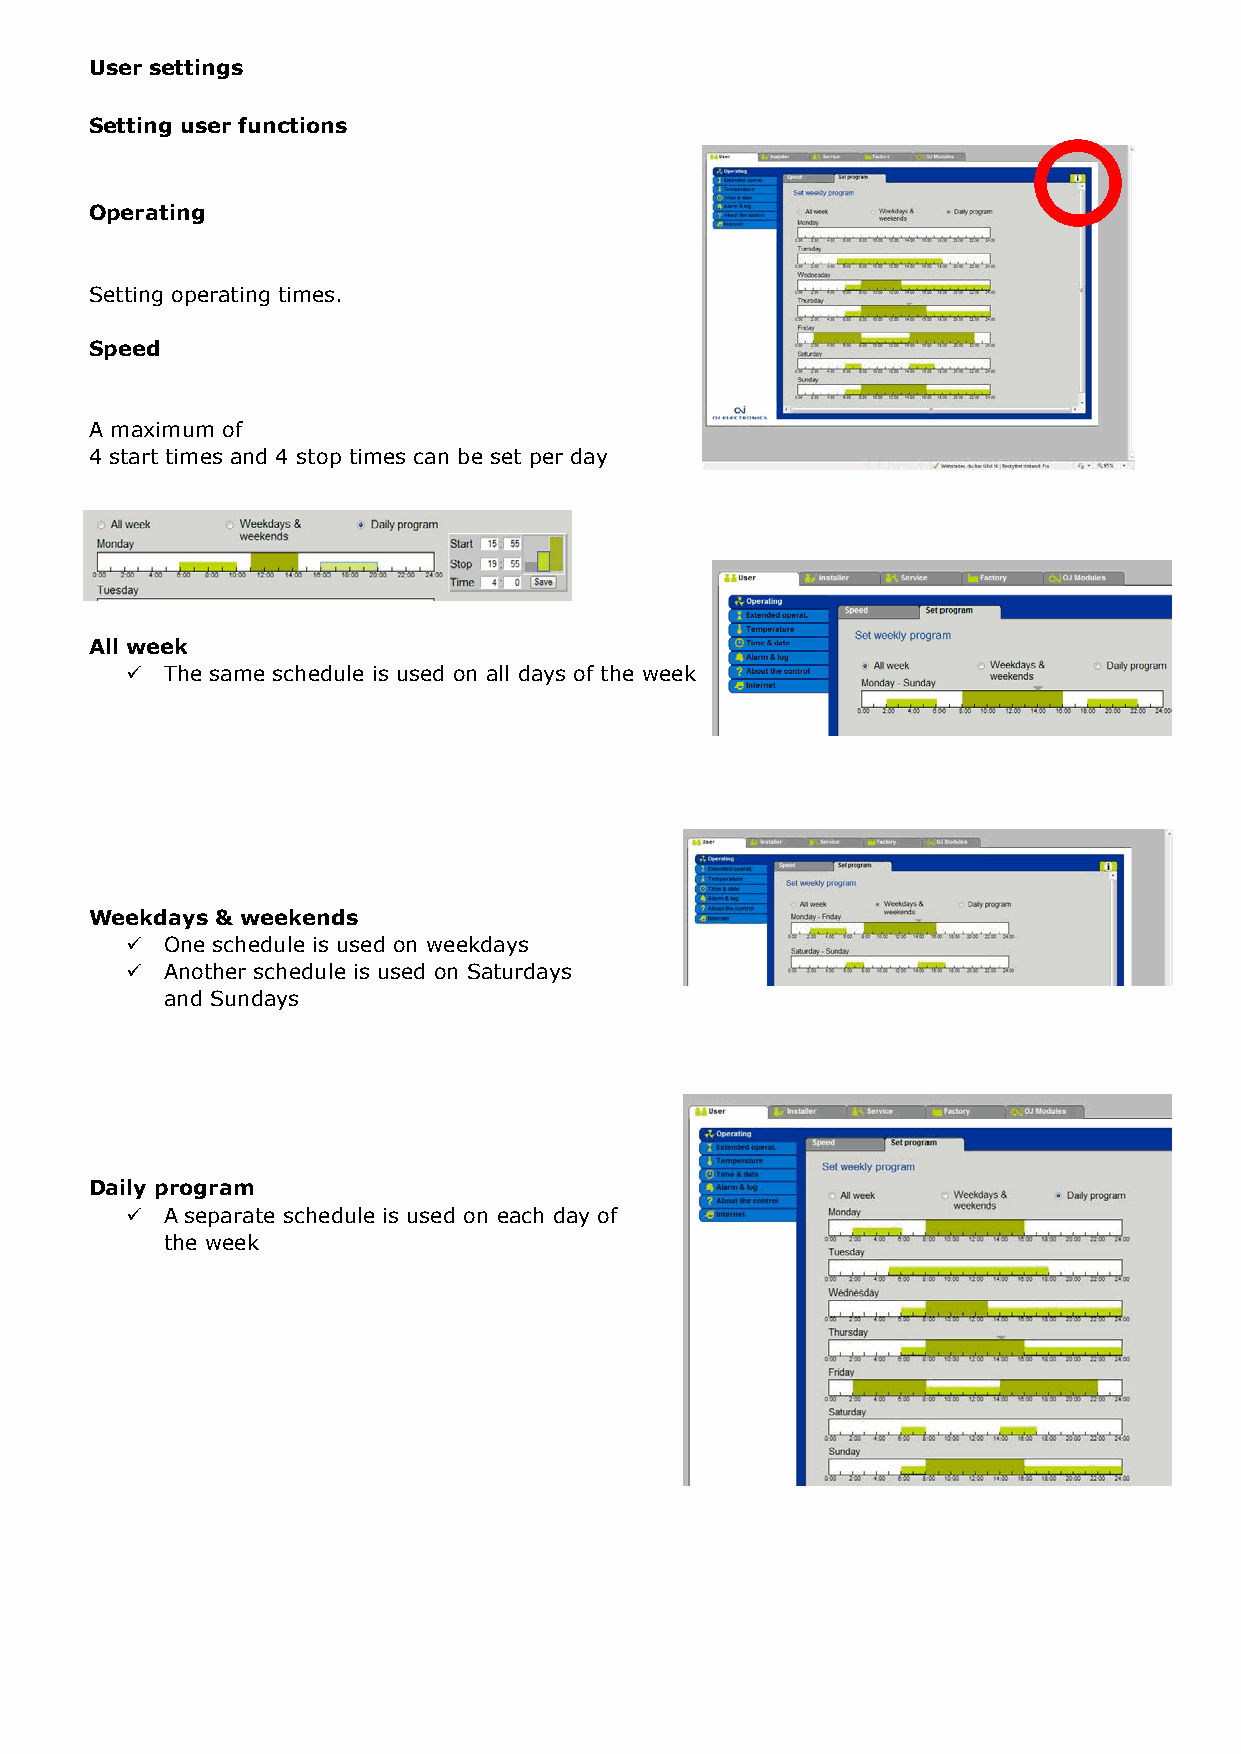
User settings
 Setting user functions
 Operating
 Setting operating times.
 Speed
 A maximum of
 4 start times and 4 stop times can be set per day
 All week
   The same schedule is used on all days of the week
 Weekdays & weekends
   One schedule is used on weekdays
   Another schedule is used on Saturdays
 and Sundays
 Daily program
   A separate schedule is used on each day of
 the week